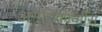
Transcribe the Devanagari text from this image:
अनधिकार्याीस